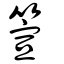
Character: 箮